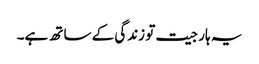
یہ ہار جیت تو زندگی کے ساتھ ہے۔